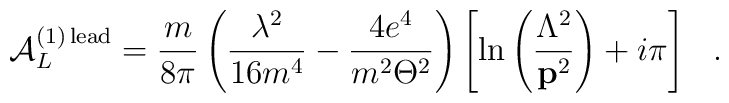
{\cal A}_L^{(1)\,{\rm lead}}=\frac m{8\pi }\left( \frac{\lambda ^2}{16m^4}- \frac{4e^4}{m^2\Theta ^2}\right) \left[ \ln \left( \frac{\Lambda ^2}{{\bf p}^2}\right) +i\pi \right] \hspace{0.3cm}.